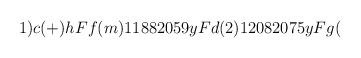
LaTeX: \begin{align*}1)c(+)h Ff(m)1188 2059 y Fd(2)1208 2075 y Fg(\end{align*}